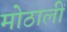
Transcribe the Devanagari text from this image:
मोठालीं